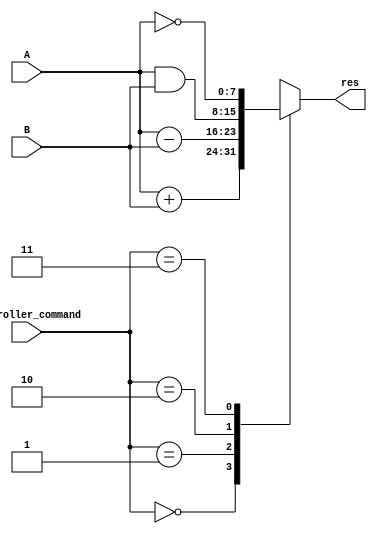
module ALU (input [1:0]controller_command ,
 input [7:0] A , B,output reg[7:0] res);
   always@(*)begin
    case(controller_command)
      //3'b000:res=B;
      2'b00:res= A+B;
      2'b01:res= A-B;
      2'b10:res= A&B;
      //3'b101:res= A|B;  
      2'b11:res= ~A;
      //3'b111:res= A;
    endcase
  end
  
endmodule